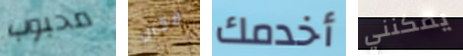
محبوب مكان أخدمك يمكنني